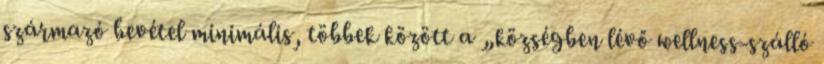
származó bevétel minimális, többek között a „községben lévő wellness-szálló